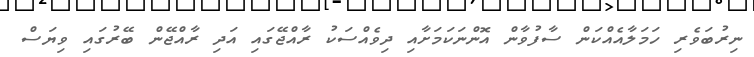
ނިރުބަވެރި ހަމަލާއެއްކަން ސާފުވާން އޮންނަކަމަށާއި ދިވެއްސަކު ރާއްޖޭގައި އަދި ރާއްޖޭން ބޭރުގައި ވިޔަސް